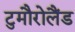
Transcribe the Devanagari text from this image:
टुमौरोलैंड